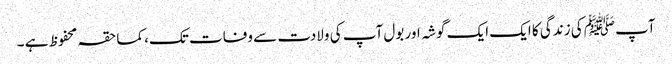
آپﷺ کی زندگی کا ایک ایک گوشہ اور بول آپ کی ولادت سے وفات تک، کماحقہ محفوظ ہے ۔